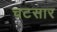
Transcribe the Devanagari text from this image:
चटसार